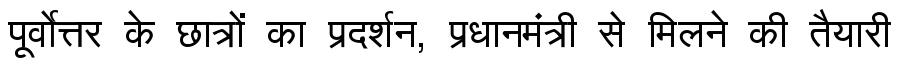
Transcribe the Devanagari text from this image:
पूर्वोत्तर के छात्रों का प्रदर्शन, प्रधानमंत्री से मिलने की तैयारी